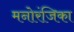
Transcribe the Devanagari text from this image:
मनोरंजिका